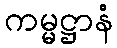
ကမ္မဋ္ဌာနံ